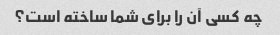
چه کسی آن را برای شما ساخته است؟